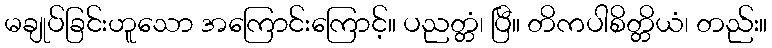
မချုပ်ခြင်းဟူသော အကြောင်းကြောင့်။ ပညတ္တံ၊ ပြီ။ တိကပါစိတ္တိယံ၊ တည်း။